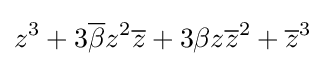
z^{3}+3{\overline {\beta }}z^{2}{\overline {z}}+3\beta z{\overline {z}}^{2}+{\overline {z}}^{3}